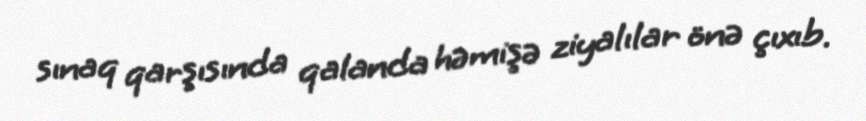
sınaq qarşısında qalanda həmişə ziyalılar önə çıxıb.